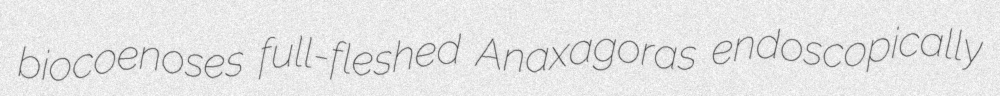
biocoenoses full-fleshed Anaxagoras endoscopically